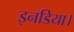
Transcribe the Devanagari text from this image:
इनडिया।